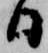
日